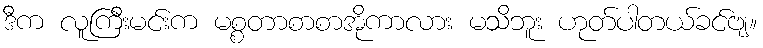
ဒီက လူကြီးမင်းက မစ္စတာစာစာအိုကာလား မသိဘူး ဟုတ်ပါတယ်ခင်ဗျ။